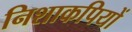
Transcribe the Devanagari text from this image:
निशाकपियों